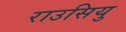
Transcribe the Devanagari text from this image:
राउसियु